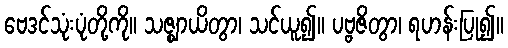
ဗေဒင်သုံးပုံတို့ကို။ သဇ္ဈာယိတွာ၊ သင်ယူ၍။ ပဗ္ဗဇိတွာ၊ ရဟန်းပြု၍။